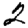
Digit: 2